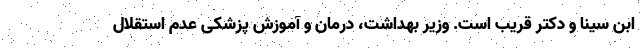
ابن سینا و دکتر قریب است. وزیر بهداشت، درمان و آموزش پزشکی عدم استقلال